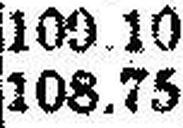
108.75